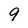
Character: 9